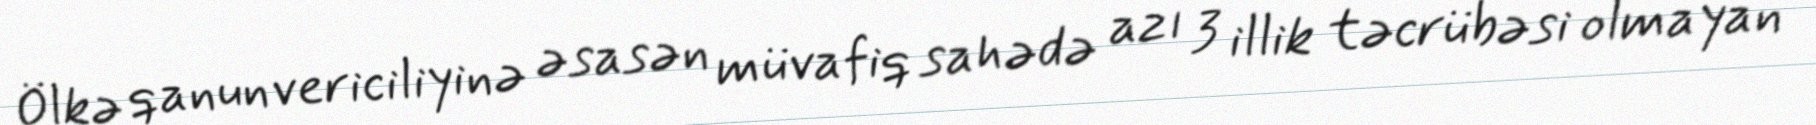
Ölkə qanunvericiliyinə əsasən müvafiq sahədə azı 3 illik təcrübəsi olmayan